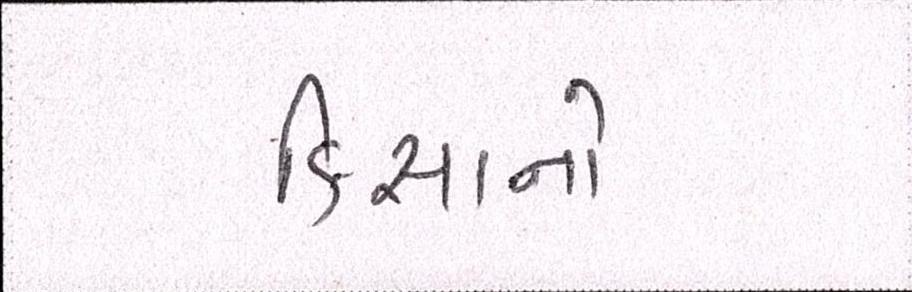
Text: કિસાનો